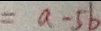
= a - 5 b